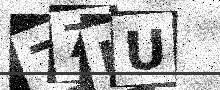
Text: 77UU